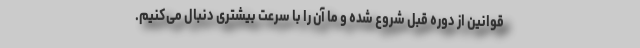
قوانین از دوره قبل شروع شده و ما آن را با سرعت بیشتری دنبال می‌کنیم.